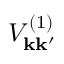
V _ { \mathbf { k } \mathbf { k } ^ { \prime } } ^ { ( 1 ) }